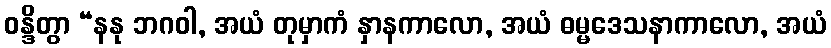
ဝန္ဒိတွာ “နနု ဘဂဝါ, အယံ တုမှာကံ နှာနကာလော, အယံ ဓမ္မဒေသနာကာလော, အယံ